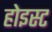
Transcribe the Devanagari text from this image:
होइस्ट